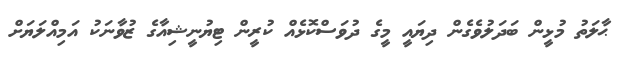
ޙާލަތު މުޅީން ބަދަލުވެގެން ދިޔައީ މީގެ ދުވަސްކޮޅެއް ކުރީން ޓިޔުނީޝިއާގެ ޒުވާނަކު އަމިއްލަޔަށް